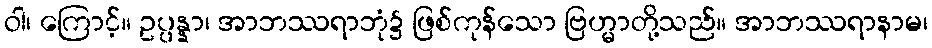
ဝါ၊ ကြောင့်။ ဥပ္ပန္နာ၊ အာဘဿရာဘုံ၌ ဖြစ်ကုန်သော ဗြဟ္မာတို့သည်။ အာဘဿရာနာမ၊